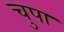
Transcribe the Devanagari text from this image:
चुपा